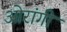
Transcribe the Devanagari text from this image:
ओरांगी